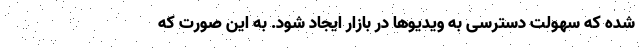
شده که سهولت دسترسی به ویدیوها در بازار ایجاد شود. به این صورت که